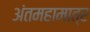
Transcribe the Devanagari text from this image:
अंतमहामात्र